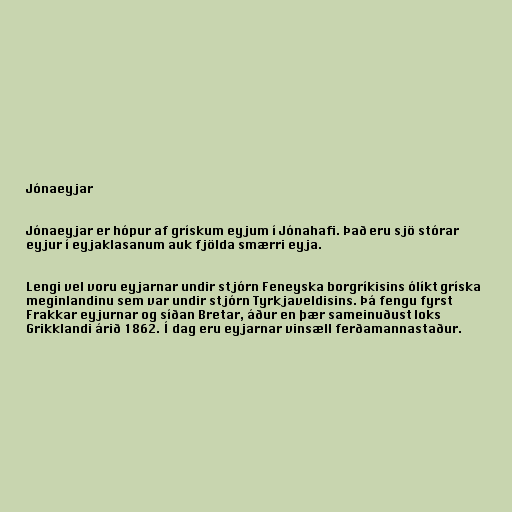
Jónaeyjar

Jónaeyjar er hópur af grískum eyjum í Jónahafi. Það eru sjö stórar
eyjur í eyjaklasanum auk fjölda smærri eyja.

Lengi vel voru eyjarnar undir stjórn Feneyska borgríkisins ólíkt gríska
meginlandinu sem var undir stjórn Tyrkjaveldisins. Þá fengu fyrst
Frakkar eyjurnar og síðan Bretar, áður en þær sameinuðust loks
Grikklandi árið 1862. Í dag eru eyjarnar vinsæll ferðamannastaður.